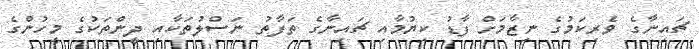
ޗައިނާގެ ވެރިކަމުގެ ނިޒާމަށް ފާޑު ކިޔުމާއި ޗައިނާގެ ތަފާތު ނަސްލުތަކާއި ދީންތަކުގެ މީހުންގެ